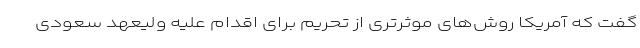
گفت که آمریکا روش‌های موثرتری از تحریم برای اقدام علیه ولیعهد سعودی